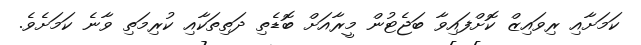
ކަމަށާއި ރިވައިޒް ކޮށްފައިވާ ބަޖެޓުން މީރާއަށް ބޮޑެތި ދަތިތަކާއި ކުރިމަތި ވާނެ ކަމަށެވެ.